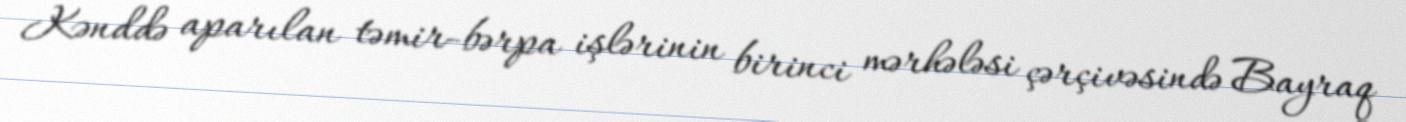
Kənddə aparılan təmir-bərpa işlərinin birinci mərhələsi çərçivəsində Bayraq